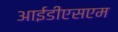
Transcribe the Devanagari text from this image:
आईडीएसएम